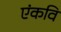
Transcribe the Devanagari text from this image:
एंकवि